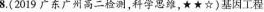
8.(2019广东广州高二检测，科学思维，★★☆)基因工程